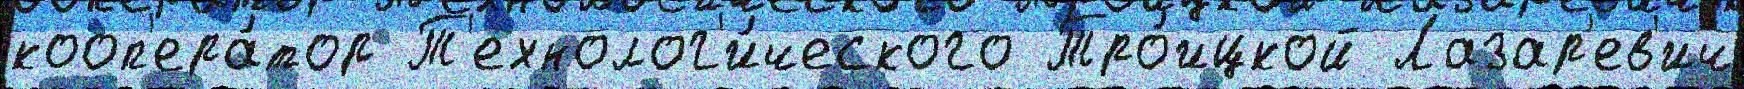
кооп'ера́тор Т'ехнолог'и́ческого Тро́ицкой Лазар'ев'ич